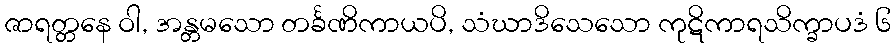
ဇာရတ္တနေ ဝါ, အန္တမသော တင်္ခဏိကာယပိ, သံဃာဒိသေသော ကုဋိကာရသိက္ခာပဒံ ၆